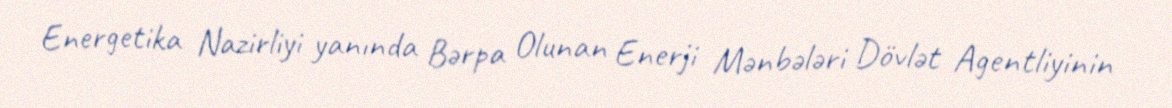
Energetika Nazirliyi yanında Bərpa Olunan Enerji Mənbələri Dövlət Agentliyinin